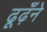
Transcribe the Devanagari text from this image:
ढूढ़ँने